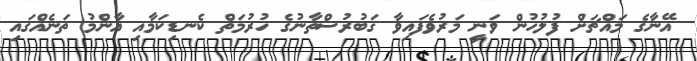
އޭނާގެ މައްޗަށް ފުލުހުން ވަނީ މަރުވެފައިވާ ޤަބުރުސްތާނުގެ ހުރުމަތް ކެނޑިކަމާއި އާންމު ތަނެއްގައި